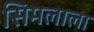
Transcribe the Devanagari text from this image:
सिमलाला